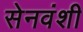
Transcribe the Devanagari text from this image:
सेनवंशी